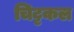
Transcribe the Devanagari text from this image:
चिट्टकल